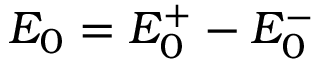
E _ { 0 } = E _ { 0 } ^ { + } - E _ { 0 } ^ { - }